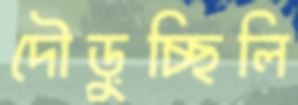
দৌড়ুচ্ছিলি